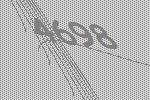
4698